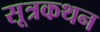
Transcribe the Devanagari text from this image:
सूत्रकथन